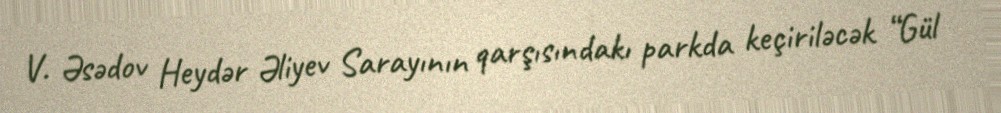
V. Əsədov Heydər Əliyev Sarayının qarşısındakı parkda keçiriləcək “Gül